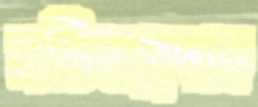
মস্তিষ্কপ্রদাহ